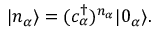
| n _ { \alpha } \rangle = ( c _ { \alpha } ^ { \dagger } ) ^ { n _ { \alpha } } | 0 _ { \alpha } \rangle .